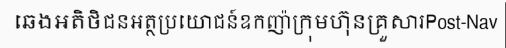
ឆេងអតិថិជនអត្ថប្រយោជន៍ឧកញ៉ាក្រុមហ៊ុនគ្រួសារPost-Nav